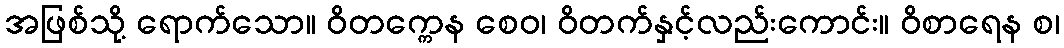
အဖြစ်သို့ ရောက်သော။ ဝိတက္ကေန စေဝ၊ ဝိတက်နှင့်လည်းကောင်း။ ဝိစာရေန စ၊